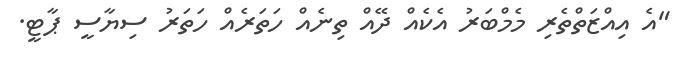
"އެ އިއްޒަތްތެރި މެމްބަރު އެކެއް ދޭއް ތިނެއް ހަތަރެއް ހަތަރު ސިޔާސީ ޕާޓީ.